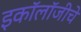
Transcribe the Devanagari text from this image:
इकॉलॉजीचे